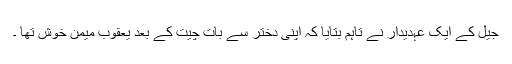
جیل کے ایک عہدیدار نے تاہم بتایا کہ اپنی دختر سے بات چیت کے بعد یعقوب میمن خوش تھا ۔